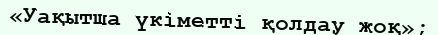
«Уақытша үкіметті қолдау жоқ»;